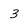
Character: 3